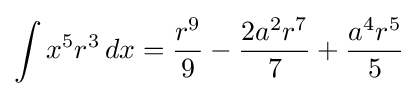
\int x^{5}r^{3}\,dx={\frac {r^{9}}{9}}-{\frac {2a^{2}r^{7}}{7}}+{\frac {a^{4}r^{5}}{5}}